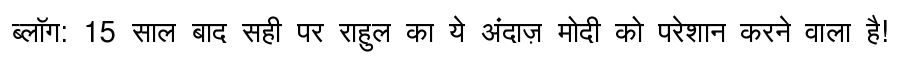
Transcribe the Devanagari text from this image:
ब्लॉग: 15 साल बाद सही पर राहुल का ये अंदाज़ मोदी को परेशान करने वाला है!